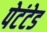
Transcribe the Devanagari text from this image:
पेटंटेड